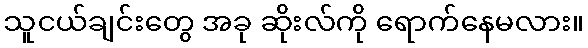
သူငယ်ချင်းတွေ အခု ဆိုးလ်ကို ရောက်နေမလား။